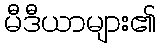
မီဒီယာများ၏